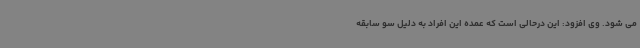
می شود. وی افزود: این درحالی است که عمده این افراد به دلیل سو سابقه